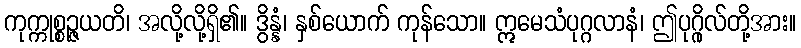
ကုက္ကုစ္စဉ္ဇယတိ၊ အလို့လို့ရှိ၏။ ဒွိန္နံ၊ နှစ်ယောက် ကုန်သော။ ဣမေသံပုဂ္ဂလာနံ၊ ဤပုဂ္ဂိုလ်တို့အား။